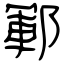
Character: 鄆